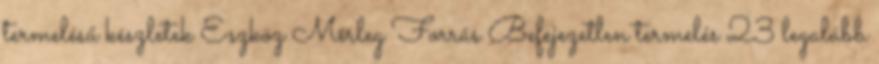
termelésű készletek Eszköz Mérleg Forrás Befejezetlen termelés 23 legalább